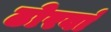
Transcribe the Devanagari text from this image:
ढोरवां